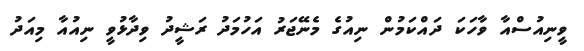
ވީނިއުސްއާ ވާހަކަ ދައްކަމުން ނިއުގެ މެނޭޖަރު އަހުމަދު ރަޝީދު ވިދާޅުވީ ނިއުއާ މިއަދު